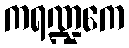
ကရဏ္ဍကေ